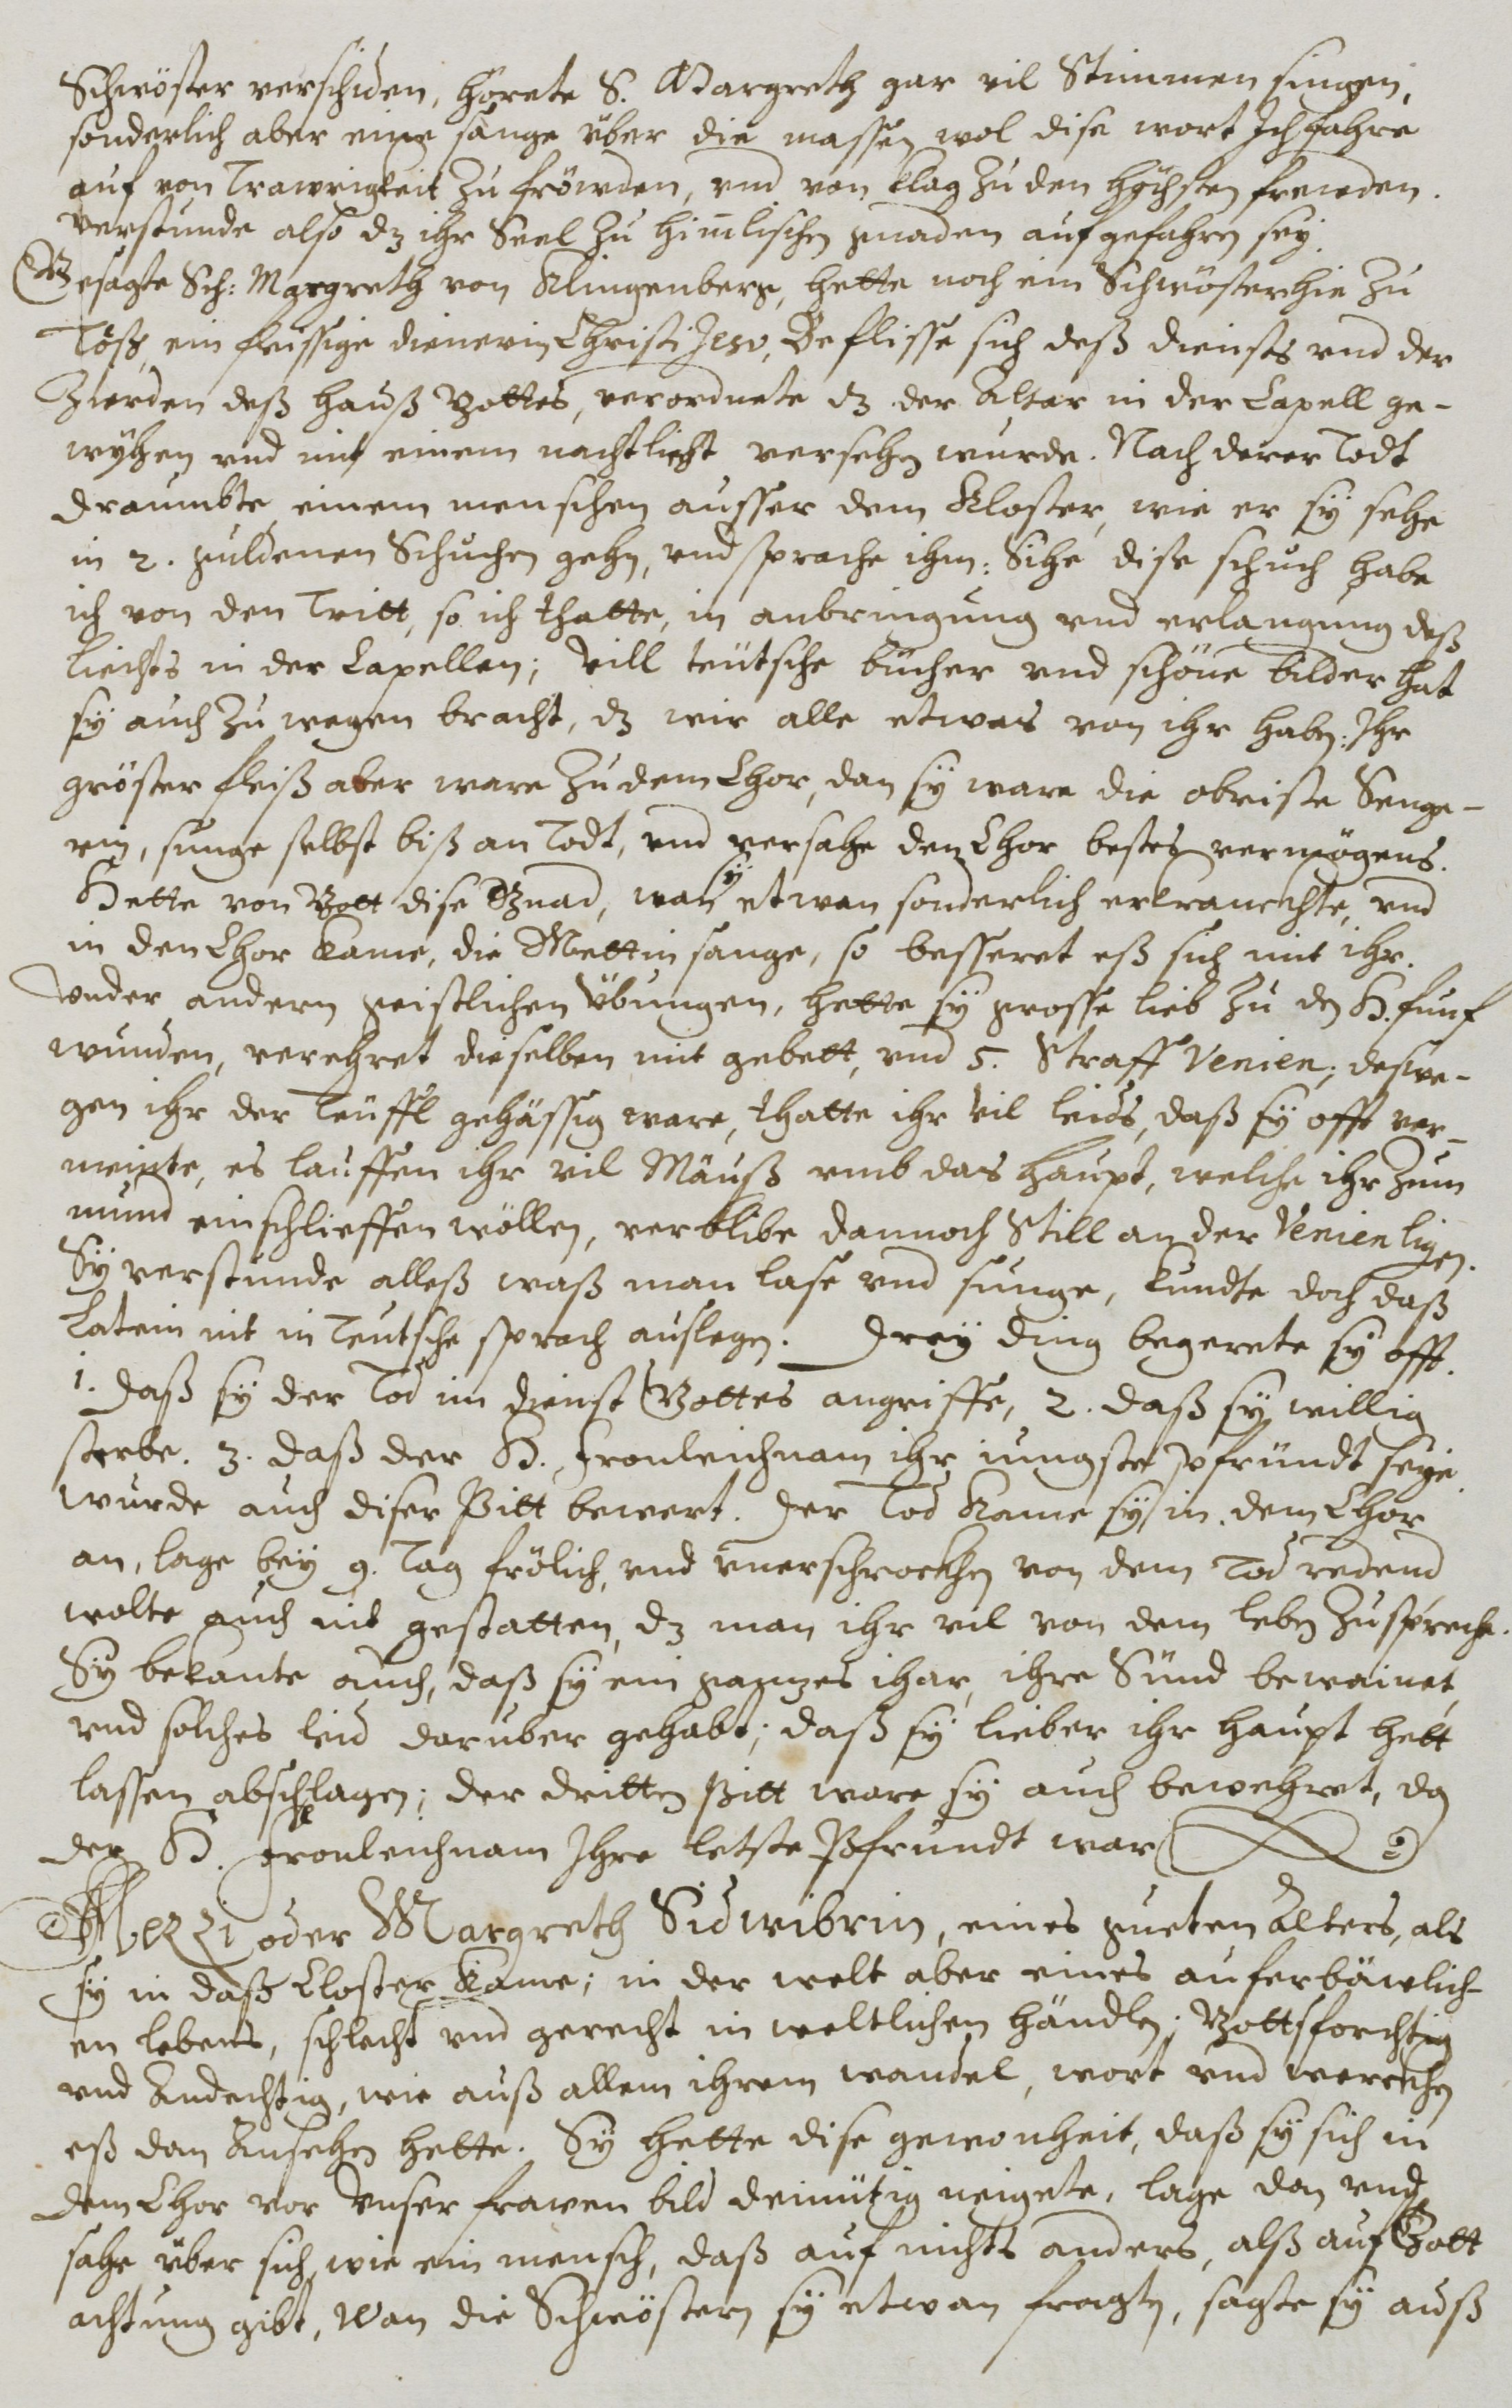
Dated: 1614–1638